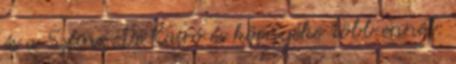
és a Szfinx. De Kairó és környéke több ennél: